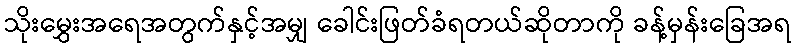
သိုးမွှေးအရေအတွက်နှင့်အမျှ ခေါင်းဖြတ်ခံရတယ်ဆိုတာကို ခန့်မှန်းခြေအရ